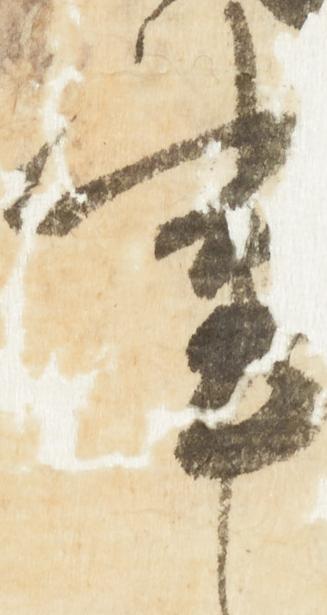
事